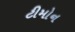
ટીમોન